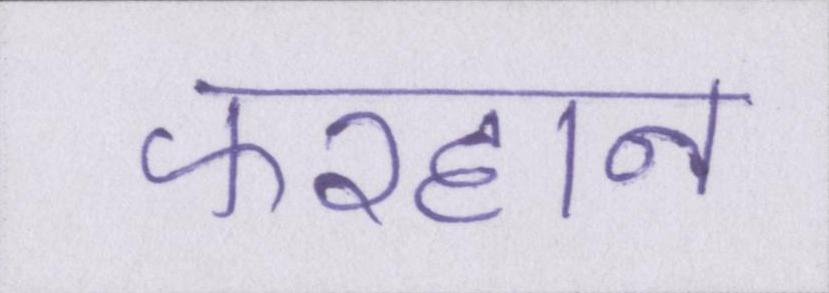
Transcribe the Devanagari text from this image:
फरहान